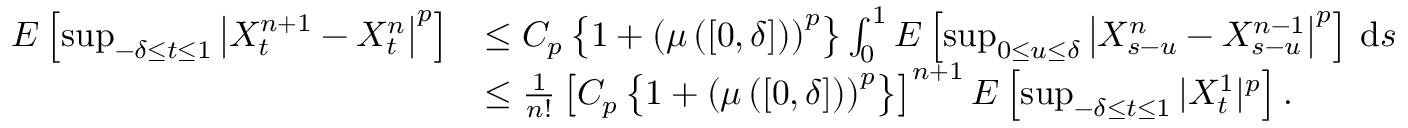
\begin{array} { r l } { E \left[ \operatorname* { s u p } _ { - \delta \leq t \leq 1 } \left| X _ { t } ^ { n + 1 } - X _ { t } ^ { n } \right| ^ { p } \right] } & { \leq C _ { p } \left\{ 1 + \left( \mu \left( \left[ 0 , \delta \right] \right) \right) ^ { p } \right\} \int _ { 0 } ^ { 1 } E \left[ \operatorname* { s u p } _ { 0 \leq u \leq \delta } \left| X _ { s - u } ^ { n } - X _ { s - u } ^ { n - 1 } \right| ^ { p } \right] \, \mathrm { d } s } \\ & { \leq \frac { 1 } { n ! } \left[ C _ { p } \left\{ 1 + \left( \mu \left( \left[ 0 , \delta \right] \right) \right) ^ { p } \right\} \right] ^ { n + 1 } E \left[ \operatorname* { s u p } _ { - \delta \leq t \leq 1 } | X _ { t } ^ { 1 } | ^ { p } \right] . } \end{array}